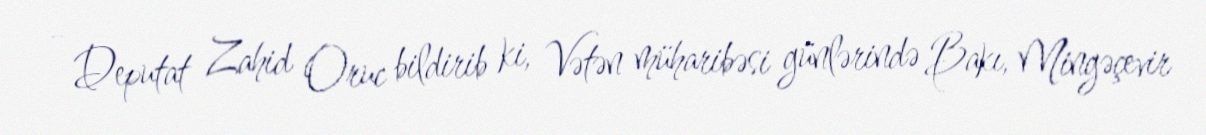
- Deputat Zahid Oruc bildirib ki, Vətən müharibəsi günlərində Bakı, Mingəçevir